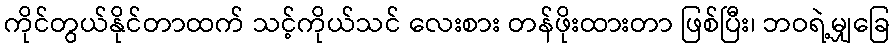
ကိုင်တွယ်နိုင်တာထက် သင့်ကိုယ်သင် လေးစား တန်ဖိုးထားတာ ဖြစ်ပြီး၊ ဘဝရဲ့မျှခြေ